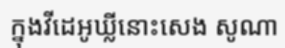
ក្នុងវីដេអូឃ្លីនោះសេង សូណា